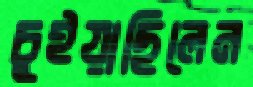
চুইয়াছিলেন